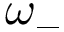
\omega _ { - }